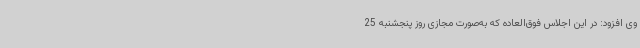
وی افزود: در این اجلاس فوق‌العاده که به‌صورت مجازی روز پنجشنبه 25